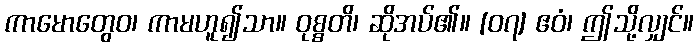
ကာမောတွေဝ၊ ကာမဟူ၍သာ။ ဝုစ္စတိ၊ ဆိုအပ်၏။ [၀၇] ဧဝံ၊ ဤသို့လျှင်။